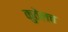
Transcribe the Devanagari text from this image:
कुठेलच